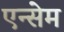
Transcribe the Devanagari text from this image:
एन्सेम